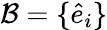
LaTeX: \mathcal{B}=\{ \hat{e}_{i}\}